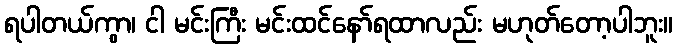
ရပါတယ်ကွာ၊ ငါ မင်းကြီး မင်းထင်နော်ရထာလည်း မဟုတ်တော့ပါဘူး။